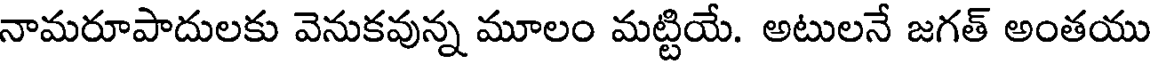
నామరూపాదులకు వెనుకవున్న మూలం మట్టియే. అటులనే జగత్ అంతయు